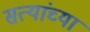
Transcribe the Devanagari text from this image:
सत्यांच्या